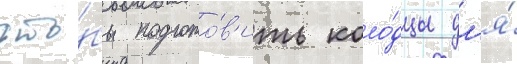
что́бы подгото́в'ить коло́дцы дл'я́